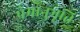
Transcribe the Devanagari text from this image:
प्रेमानुभूति